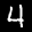
Label: 4